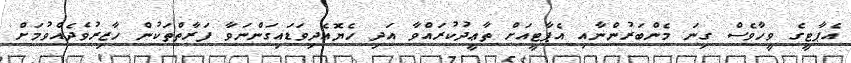
އެޕާޓީގެ ވީހާވެސް ގިނަ މެންބަރުންނާއި އެޕާޓީއަށް ތާޢީދުކުރައްވާ އަދި ހެޔޮއެދިވަޑައިގަންނަވާ ފަރާތްތަކުން ހާޒިރުވެދެއްވުމަށް